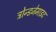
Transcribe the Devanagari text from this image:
ट्रोन्डजेमाइट